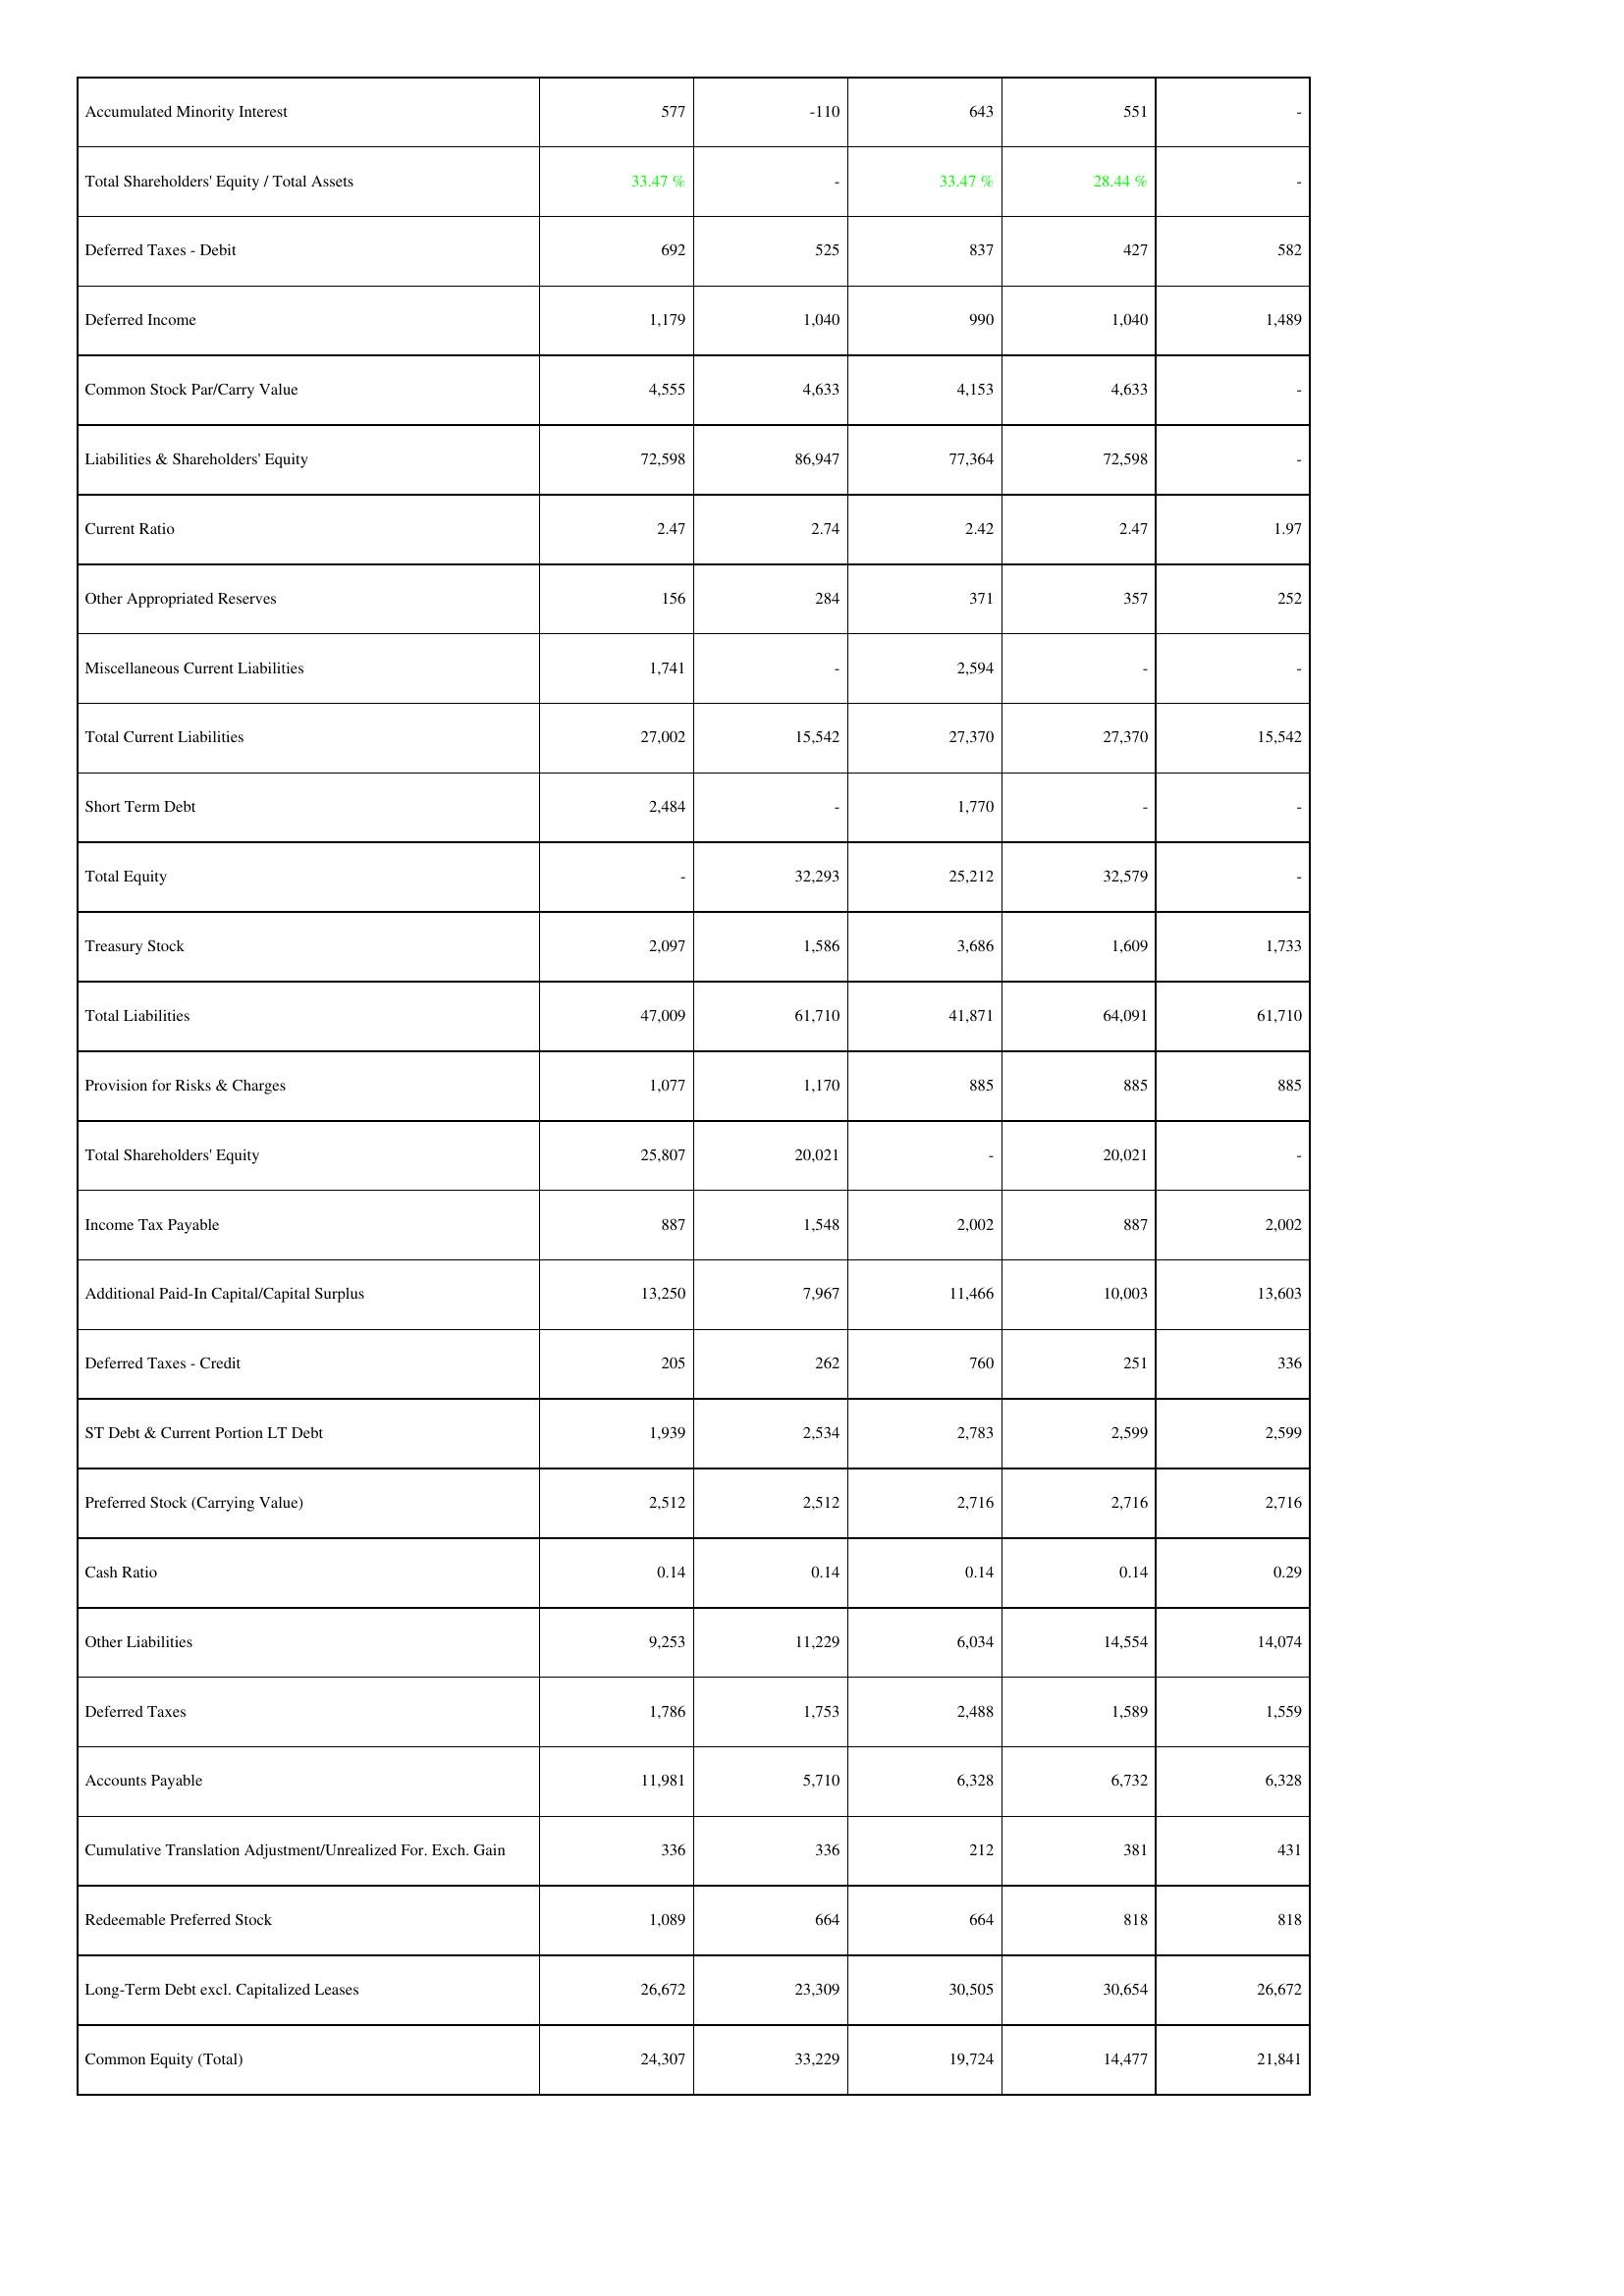
2021: Liabilities & Shareholders' Equity: Accumulated Minority Interest: 577
Total Shareholders' Equity / Total Assets: 33.47 %
Deferred Taxes - Debit: 692
Deferred Income: 1,179
Common Stock Par/Carry Value: 4,555
Liabilities & Shareholders' Equity: 72,598
Current Ratio: 2.47
Other Appropriated Reserves: 156
Miscellaneous Current Liabilities: 1,741
Total Current Liabilities: 27,002
Short Term Debt: 2,484
Total Equity: -
Treasury Stock: 2,097
Total Liabilities: 47,009
Provision for Risks & Charges: 1,077
Total Shareholders' Equity: 25,807
Income Tax Payable: 887
Additional Paid-In Capital/Capital Surplus: 13,250
Deferred Taxes - Credit: 205
ST Debt & Current Portion LT Debt: 1,939
Preferred Stock (Carrying Value): 2,512
Cash Ratio: 0.14
Other Liabilities: 9,253
Deferred Taxes: 1,786
Accounts Payable: 11,981
Cumulative Translation Adjustment/Unrealized For. Exch. Gain: 336
Redeemable Preferred Stock: 1,089
Long-Term Debt excl. Capitalized Leases: 26,672
Common Equity (Total): 24,307
2022: Liabilities & Shareholders' Equity: Accumulated Minority Interest: -110
Total Shareholders' Equity / Total Assets: -
Deferred Taxes - Debit: 525
Deferred Income: 1,040
Common Stock Par/Carry Value: 4,633
Liabilities & Shareholders' Equity: 86,947
Current Ratio: 2.74
Other Appropriated Reserves: 284
Miscellaneous Current Liabilities: -
Total Current Liabilities: 15,542
Short Term Debt: -
Total Equity: 32,293
Treasury Stock: 1,586
Total Liabilities: 61,710
Provision for Risks & Charges: 1,170
Total Shareholders' Equity: 20,021
Income Tax Payable: 1,548
Additional Paid-In Capital/Capital Surplus: 7,967
Deferred Taxes - Credit: 262
ST Debt & Current Portion LT Debt: 2,534
Preferred Stock (Carrying Value): 2,512
Cash Ratio: 0.14
Other Liabilities: 11,229
Deferred Taxes: 1,753
Accounts Payable: 5,710
Cumulative Translation Adjustment/Unrealized For. Exch. Gain: 336
Redeemable Preferred Stock: 664
Long-Term Debt excl. Capitalized Leases: 23,309
Common Equity (Total): 33,229
2023: Liabilities & Shareholders' Equity: Accumulated Minority Interest: 643
Total Shareholders' Equity / Total Assets: 33.47 %
Deferred Taxes - Debit: 837
Deferred Income: 990
Common Stock Par/Carry Value: 4,153
Liabilities & Shareholders' Equity: 77,364
Current Ratio: 2.42
Other Appropriated Reserves: 371
Miscellaneous Current Liabilities: 2,594
Total Current Liabilities: 27,370
Short Term Debt: 1,770
Total Equity: 25,212
Treasury Stock: 3,686
Total Liabilities: 41,871
Provision for Risks & Charges: 885
Total Shareholders' Equity: -
Income Tax Payable: 2,002
Additional Paid-In Capital/Capital Surplus: 11,466
Deferred Taxes - Credit: 760
ST Debt & Current Portion LT Debt: 2,783
Preferred Stock (Carrying Value): 2,716
Cash Ratio: 0.14
Other Liabilities: 6,034
Deferred Taxes: 2,488
Accounts Payable: 6,328
Cumulative Translation Adjustment/Unrealized For. Exch. Gain: 212
Redeemable Preferred Stock: 664
Long-Term Debt excl. Capitalized Leases: 30,505
Common Equity (Total): 19,724
2024: Liabilities & Shareholders' Equity: Accumulated Minority Interest: 551
Total Shareholders' Equity / Total Assets: 28.44 %
Deferred Taxes - Debit: 427
Deferred Income: 1,040
Common Stock Par/Carry Value: 4,633
Liabilities & Shareholders' Equity: 72,598
Current Ratio: 2.47
Other Appropriated Reserves: 357
Miscellaneous Current Liabilities: -
Total Current Liabilities: 27,370
Short Term Debt: -
Total Equity: 32,579
Treasury Stock: 1,609
Total Liabilities: 64,091
Provision for Risks & Charges: 885
Total Shareholders' Equity: 20,021
Income Tax Payable: 887
Additional Paid-In Capital/Capital Surplus: 10,003
Deferred Taxes - Credit: 251
ST Debt & Current Portion LT Debt: 2,599
Preferred Stock (Carrying Value): 2,716
Cash Ratio: 0.14
Other Liabilities: 14,554
Deferred Taxes: 1,589
Accounts Payable: 6,732
Cumulative Translation Adjustment/Unrealized For. Exch. Gain: 381
Redeemable Preferred Stock: 818
Long-Term Debt excl. Capitalized Leases: 30,654
Common Equity (Total): 14,477
2025: Liabilities & Shareholders' Equity: Accumulated Minority Interest: -
Total Shareholders' Equity / Total Assets: -
Deferred Taxes - Debit: 582
Deferred Income: 1,489
Common Stock Par/Carry Value: -
Liabilities & Shareholders' Equity: -
Current Ratio: 1.97
Other Appropriated Reserves: 252
Miscellaneous Current Liabilities: -
Total Current Liabilities: 15,542
Short Term Debt: -
Total Equity: -
Treasury Stock: 1,733
Total Liabilities: 61,710
Provision for Risks & Charges: 885
Total Shareholders' Equity: -
Income Tax Payable: 2,002
Additional Paid-In Capital/Capital Surplus: 13,603
Deferred Taxes - Credit: 336
ST Debt & Current Portion LT Debt: 2,599
Preferred Stock (Carrying Value): 2,716
Cash Ratio: 0.29
Other Liabilities: 14,074
Deferred Taxes: 1,559
Accounts Payable: 6,328
Cumulative Translation Adjustment/Unrealized For. Exch. Gain: 431
Redeemable Preferred Stock: 818
Long-Term Debt excl. Capitalized Leases: 26,672
Common Equity (Total): 21,841